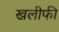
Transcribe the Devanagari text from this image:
खलीफी